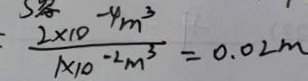
\frac { 2 \times 1 0 ^ { - 4 } m ^ { 3 } } { 1 \times 1 0 ^ { - 2 } m ^ { 3 } } = 0 . 0 2 m